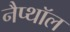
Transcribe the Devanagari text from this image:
नैप्थॉल